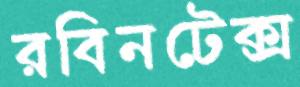
রবিনটেক্স